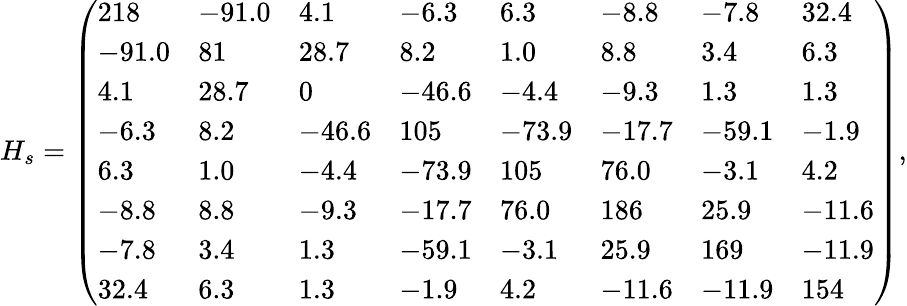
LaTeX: H_{s}=\left(\begin{array}{llllllll}{218}&{-91.0}&{4.1}&{-6.3}&{6.3}&{-8.8}&{-7.8}&{32.4}\\ {-91.0}&{81}&{28.7}&{8.2}&{1.0}&{8.8}&{3.4}&{6.3}\\ {4.1}&{28.7}&{0}&{-46.6}&{-4.4}&{-9.3}&{1.3}&{1.3}\\ {-6.3}&{8.2}&{-46.6}&{105}&{-73.9}&{-17.7}&{-59.1}&{-1.9}\\ {6.3}&{1.0}&{-4.4}&{-73.9}&{105}&{76.0}&{-3.1}&{4.2}\\ {-8.8}&{8.8}&{-9.3}&{-17.7}&{76.0}&{186}&{25.9}&{-11.6}\\ {-7.8}&{3.4}&{1.3}&{-59.1}&{-3.1}&{25.9}&{169}&{-11.9}\\ {32.4}&{6.3}&{1.3}&{-1.9}&{4.2}&{-11.6}&{-11.9}&{154}\end{array}\right),